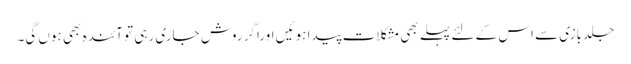
جلد بازی سے اس کے لئے پہلے بھی مشکلات پیدا ہوئیں اوراگر روش جاری رہی تو آئندہ بھی ہوں گی۔